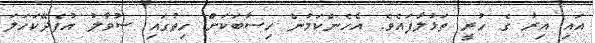
އައި އިރު ގެ ހުރީ ތަޅުލާފައެވެ. އެހެންކަމުން ހިސާބަކަށް ހިތުގައި ސުވާލު އުފެދޭކަހަލަ